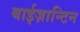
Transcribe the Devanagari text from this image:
बाईज़ान्टिन